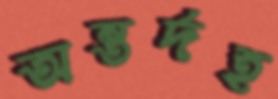
অন্তর্দহ